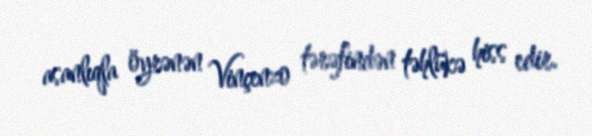
asanlıqla öyrənən Vinçenzo tərəfindən təhlükə hiss edir.